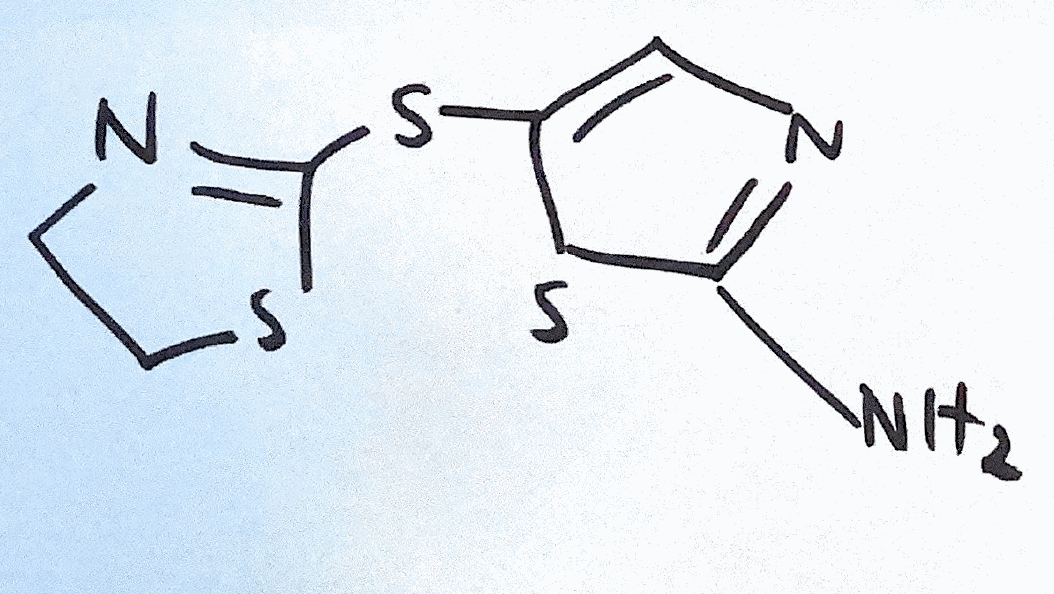
Simplified molecular-input line-entry system (SMILES) notation of the given molecule:
C1CSC(=N1)SC2=CN=C(S2)N